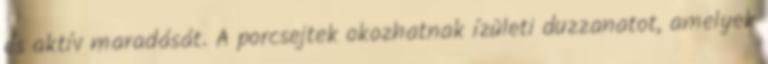
és aktív maradását. A porcsejtek okozhatnak ízületi duzzanatot, amelyek